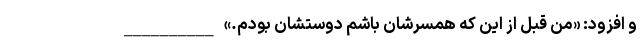
و افزود: «من قبل از این که همسرشان باشم دوستشان بودم.» __________